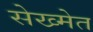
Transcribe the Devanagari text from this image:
सेख्मेत